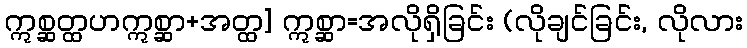
ဣစ္ဆတ္ထဟဣစ္ဆာ+အတ္ထ] ဣစ္ဆာ=အလိုရှိခြင်း (လိုချင်ခြင်း, လိုလား